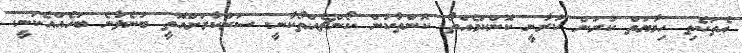
ޢެތަކެތި ހިމާޔަތް ކުރަން ކުރާނީ ކޮންކަމެއްތޯ. ކޮންތާކުން ކޯންޗެއްތޯކާނީ. ސަރުކާރަށްއޮތީ ބުނެލާނެ ބަހެއްއެކަނީ.